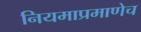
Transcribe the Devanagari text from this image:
नियमाप्रमाणेच